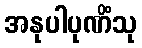
အနုပါပုဏိံသု